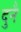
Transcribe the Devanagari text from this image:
दुनै